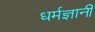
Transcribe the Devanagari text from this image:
धर्मज्ञानी